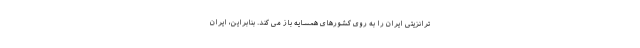
ترانزیتی ایران را به روی کشورهای همسایه باز می کند. بنابراین، ایران